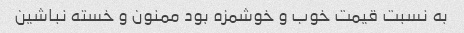
به نسبت قیمت خوب و خوشمزه بود ممنون و خسته نباشین